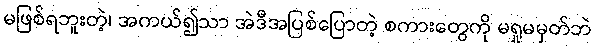
မဖြစ်ရဘူးတဲ့၊ အကယ်၍သာ အဲဒီအပြစ်ပြောတဲ့ စကားတွေကို မရှုမမှတ်ဘဲ